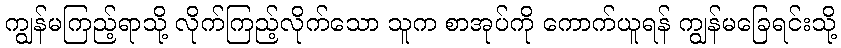
ကျွန်မကြည့်ရာသို့ လိုက်ကြည့်လိုက်သော သူက စာအုပ်ကို ကောက်ယူရန် ကျွန်မခြေရင်းသို့